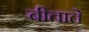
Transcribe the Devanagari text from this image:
बीताते